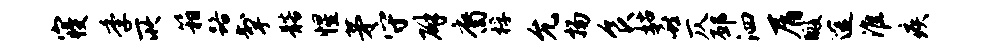
寝季所箱路掣髂惺茅守辟裔桴允扬食姑喜仄邳泗屑暇途淮疾